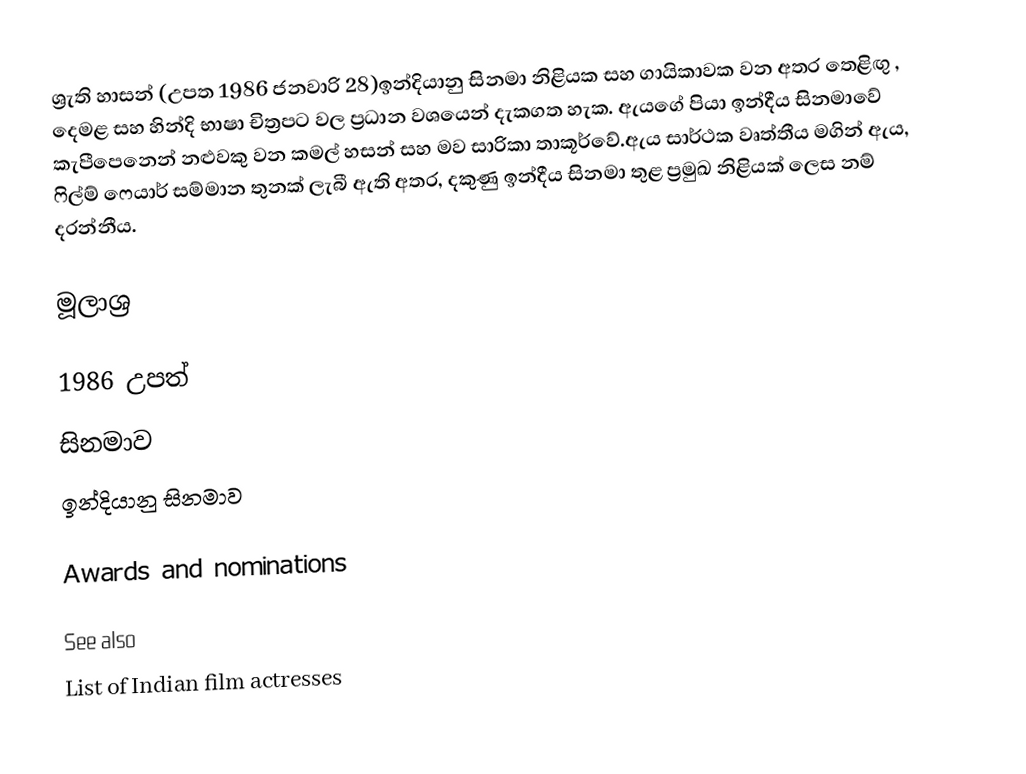
ශ්‍රැති හාසන් (උපත 1986 ජනවාරි 28)ඉන්දියානු සිනමා නිළියක සහ ගායිකාවක වන අතර තෙළිඟු , දෙමළ සහ හින්දි  භාෂා චිත්‍රපට වල ප්‍රධාන වශයෙන් දැකගත හැක. ඇයගේ පියා ඉන්දීය සිනමාවේ කැපීපෙනෙන් නළුවකු වන කමල් හසන් සහ මව සාරිකා තාකූර්වේ.ඇය සාර්ථක වෘත්තීය මගින් ඇය, ෆිල්ම් ෆෙයාර් සම්මාන තුනක් ලැබී ඇති අතර, දකුණු ඉන්දීය සිනමා තුළ ප්‍රමුඛ නිළියක් ලෙස නම් දරන්නීය.

මූලාශ්‍ර

1986 උපත්
සිනමාව
ඉන්දියානු සිනමාව

Awards and nominations

See also
 List of Indian film actresses